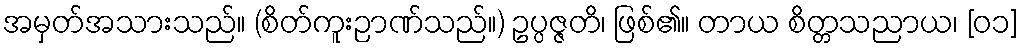
အမှတ်အသားသည်။ (စိတ်ကူးဉာဏ်သည်။) ဥပ္ပဇ္ဇတိ၊ ဖြစ်၏။ တာယ စိတ္တသညာယ၊ [၀၁]